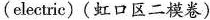
(electric)(虹口区二模卷)